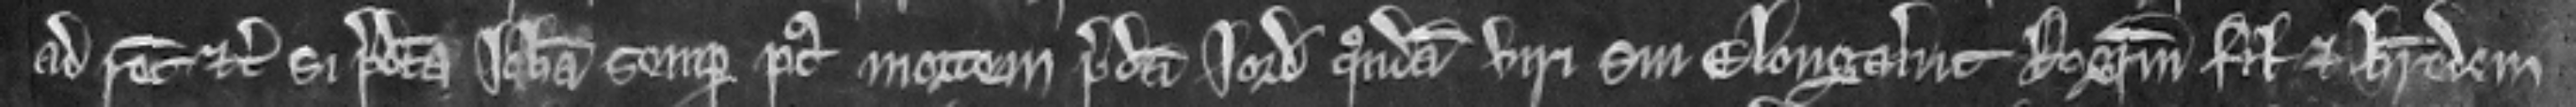
ad recognoscendum etc. si predicta Johanna semper post mortem predicti Jordani quondam viri sui elongavit Rogerum filium et heredem